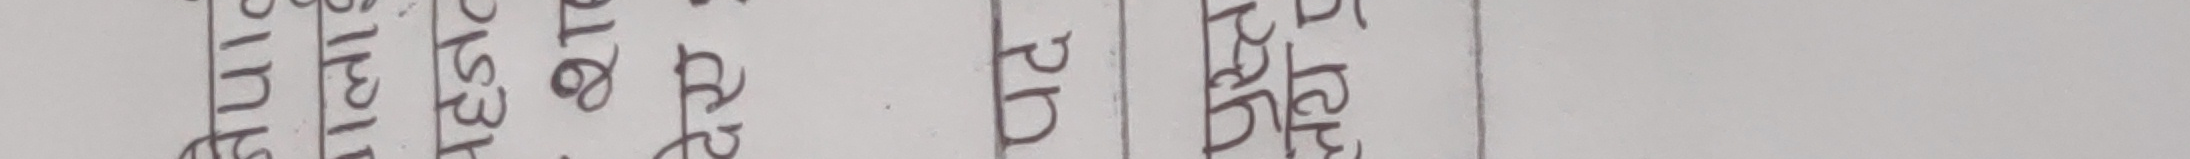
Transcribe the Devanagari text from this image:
विनिमय सृष्टि एवं अद्य प्रकट